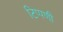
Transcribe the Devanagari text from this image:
टिप्पणीं